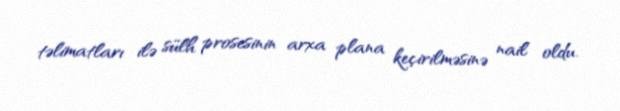
təlimatları ilə sülh prosesinin arxa plana keçirilməsinə nail oldu.